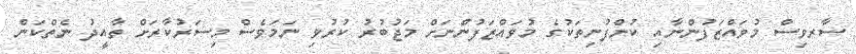
ސާރވިސް މުވައްޒަފުންނާއި ކުންފުނިތަކުގެ މުވައްޒަފުންނަށް މަޖުބުރު ކުރުވި ނަމަވެސް މިސަރުކާރަށް ތާއީދު ނެތްކަން